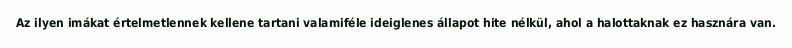
Az ilyen imákat értelmetlennek kellene tartani valamiféle ideiglenes állapot hite nélkül, ahol a halottaknak ez hasznára van.